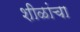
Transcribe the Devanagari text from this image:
शीळांचा